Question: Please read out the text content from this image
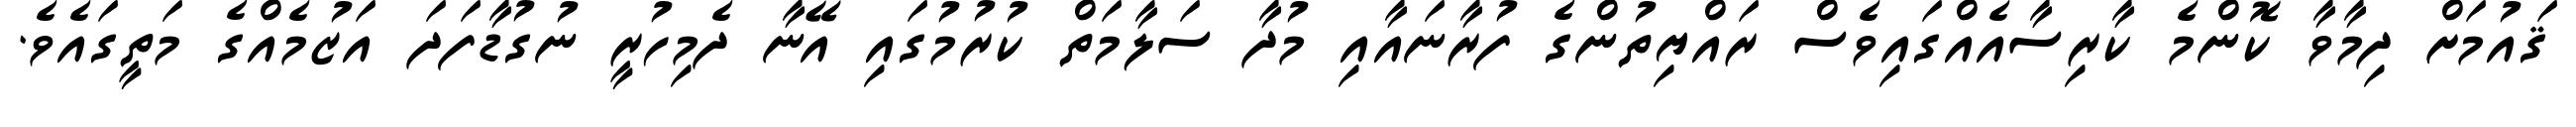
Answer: ޤައުމަށް ދިމާވާ ކޮންމެ ކާރިސާއެއްގައިވެސް ރައްޔިތުންގެ ފުރާނައާއި މުދާ ސަލާމަތް ކުރުމުގައި އޭނާ ދެމިހުރީ ނުގުޑާފަދަ އަޒުމެއްގެ މަތީގައެވެ.